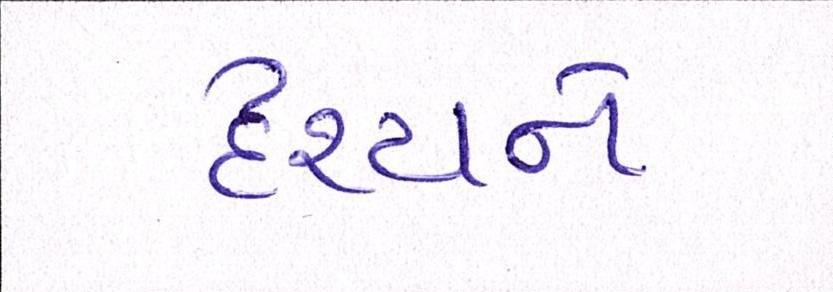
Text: દૃશ્યને